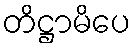
တိဋ္ဌာမိပေ